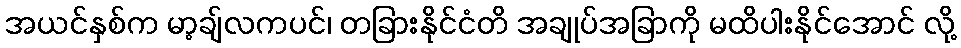
အယင်နှစ်က မာ့ချ်လကပင်၊ တခြားနိုင်ငံတိ အချုပ်အခြာကို မထိပါးနိုင်အောင် လို့